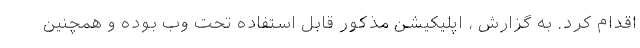
اقدام کرد. به گزارش ، اپلیکیشن مذکور قابل استفاده تحت وب بوده و همچنین